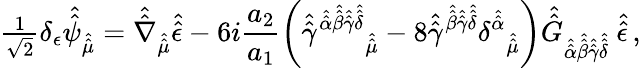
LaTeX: {\textstyle\frac{1}{\sqrt{2}}}\delta_{\epsilon}\hat{\hat{\psi}}_{\hat{\hat{\mu}}}=\hat{\hat{\nabla}}_{\hat{\hat{\mu}}}\hat{\hat{\epsilon}}-6i\frac{a_{2}}{a_{1}}\left(\hat{\hat{\gamma}}^{\hat{\hat{\alpha}}\hat{\hat{\beta}}\hat{\hat{\gamma}}\hat{\hat{\delta}}}{}_{\hat{\hat{\mu}}}-8\hat{\hat{\gamma}}^{\hat{\hat{\beta}}\hat{\hat{\gamma}}\hat{\hat{\delta}}}\delta^{\hat{\hat{\alpha}}}{}_{\hat{\hat{\mu}}}\right)\hat{\hat{G}}_{\hat{\hat{\alpha}}\hat{\hat{\beta}}\hat{\hat{\gamma}}\hat{\hat{\delta}}}\ \hat{\hat{\epsilon}}\, ,